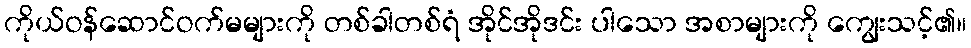
ကိုယ်ဝန်ဆောင်ဝက်မများကို တစ်ခါတစ်ရံ အိုင်အိုဒင်း ပါသော အစာများကို ကျွေးသင့်၏။